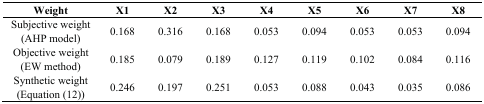
<table><thead><tr><td><b>Weight</b></td><td><b>X1</b></td><td><b>X2</b></td><td><b>X3</b></td><td><b>X4</b></td><td><b>X5</b></td><td><b>X6</b></td><td><b>X7</b></td><td><b>X8</b></td></tr></thead><tbody><tr><td>Subjective weight (AHP model)</td><td>0.168</td><td>0.316</td><td>0.168</td><td>0.053</td><td>0.094</td><td>0.053</td><td>0.053</td><td>0.094</td></tr><tr><td>Objective weight (EW method)</td><td>0.185</td><td>0.079</td><td>0.189</td><td>0.127</td><td>0.119</td><td>0.102</td><td>0.084</td><td>0.116</td></tr><tr><td>Synthetic weight (Equation (12))</td><td>0.246</td><td>0.197</td><td>0.251</td><td>0.053</td><td>0.088</td><td>0.043</td><td>0.035</td><td>0.086</td></tr></tbody></table>